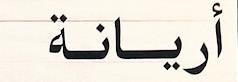
أريانة